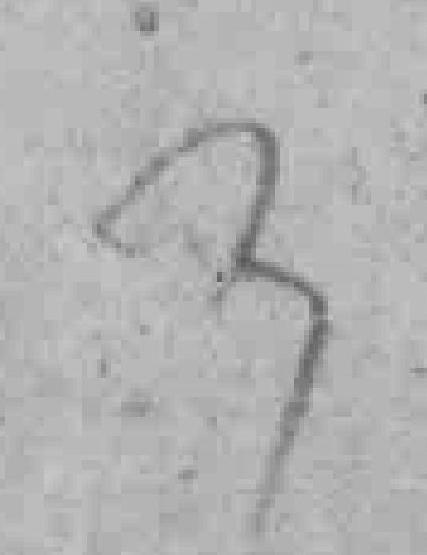
3